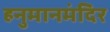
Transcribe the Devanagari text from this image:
हनुमानमंदिर